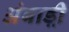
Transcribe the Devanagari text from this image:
अंबाड़ी़